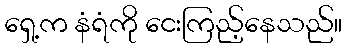
ရှေ့က နံရံကို ငေးကြည့်နေသည်။